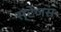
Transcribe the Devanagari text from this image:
स्टेजस